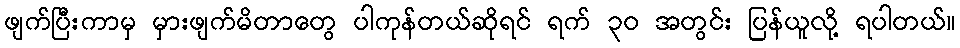
ဖျက်ပြီးကာမှ မှားဖျက်မိတာတွေ ပါကုန်တယ်ဆိုရင် ရက် ၃၀ အတွင်း ပြန်ယူလို့ ရပါတယ်။